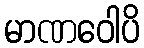
မာဏဝေါပိ